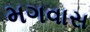
મગવાસ